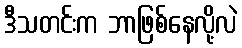
ဒီသတင်းက ဘာဖြစ်နေလို့လဲ